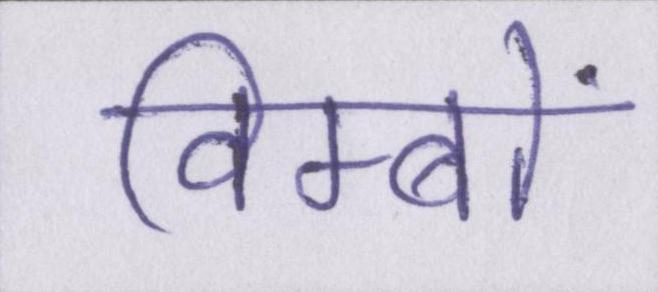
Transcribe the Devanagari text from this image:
विम्बों